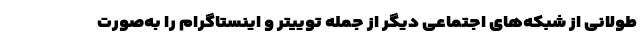
طولانی از شبکه‌های اجتماعی دیگر از جمله توییتر و اینستاگرام را به‌صورت